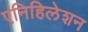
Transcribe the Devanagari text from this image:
एनिहिलेशन